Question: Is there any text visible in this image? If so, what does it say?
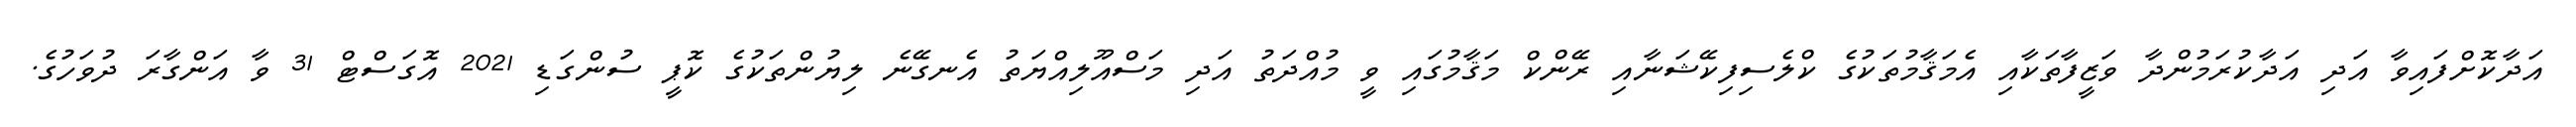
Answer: އަދާކޮށްފައިވާ އަދި އަދާކުރަމުންދާ ވަޒީފާތަކާއި އެމަޤާމުތަކުގެ ކްލެސިފިކޭޝަނާއި ރޭންކް މަޤާމުގައި ވީ މުއްދަތު އަދި މަސްއޫލިއްޔަތު އެނގޭނެ ލިޔުންތަކުގެ ކޮޕީ ސުންގަޑި 2021 އޮގަސްޓް 31 ވާ އަންގާރަ ދުވަހުގެ.